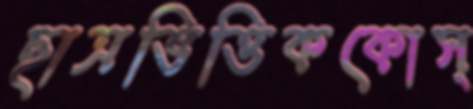
ছাত্রভিত্তিককোস্